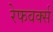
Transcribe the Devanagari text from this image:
रेफवर्क्स